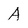
Character: a